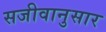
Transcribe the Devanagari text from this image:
सजीवानुसार